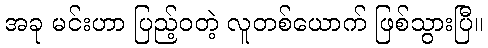
အခု မင်းဟာ ပြည့်ဝတဲ့ လူတစ်ယောက် ဖြစ်သွားပြီ။